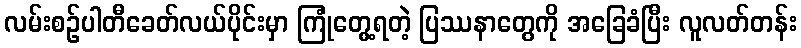
လမ်းစဉ်ပါတီခေတ်လယ်ပိုင်းမှာ ကြုံတွေ့ရတဲ့ ပြဿနာတွေကို အခြေခံပြီး လူလတ်တန်း